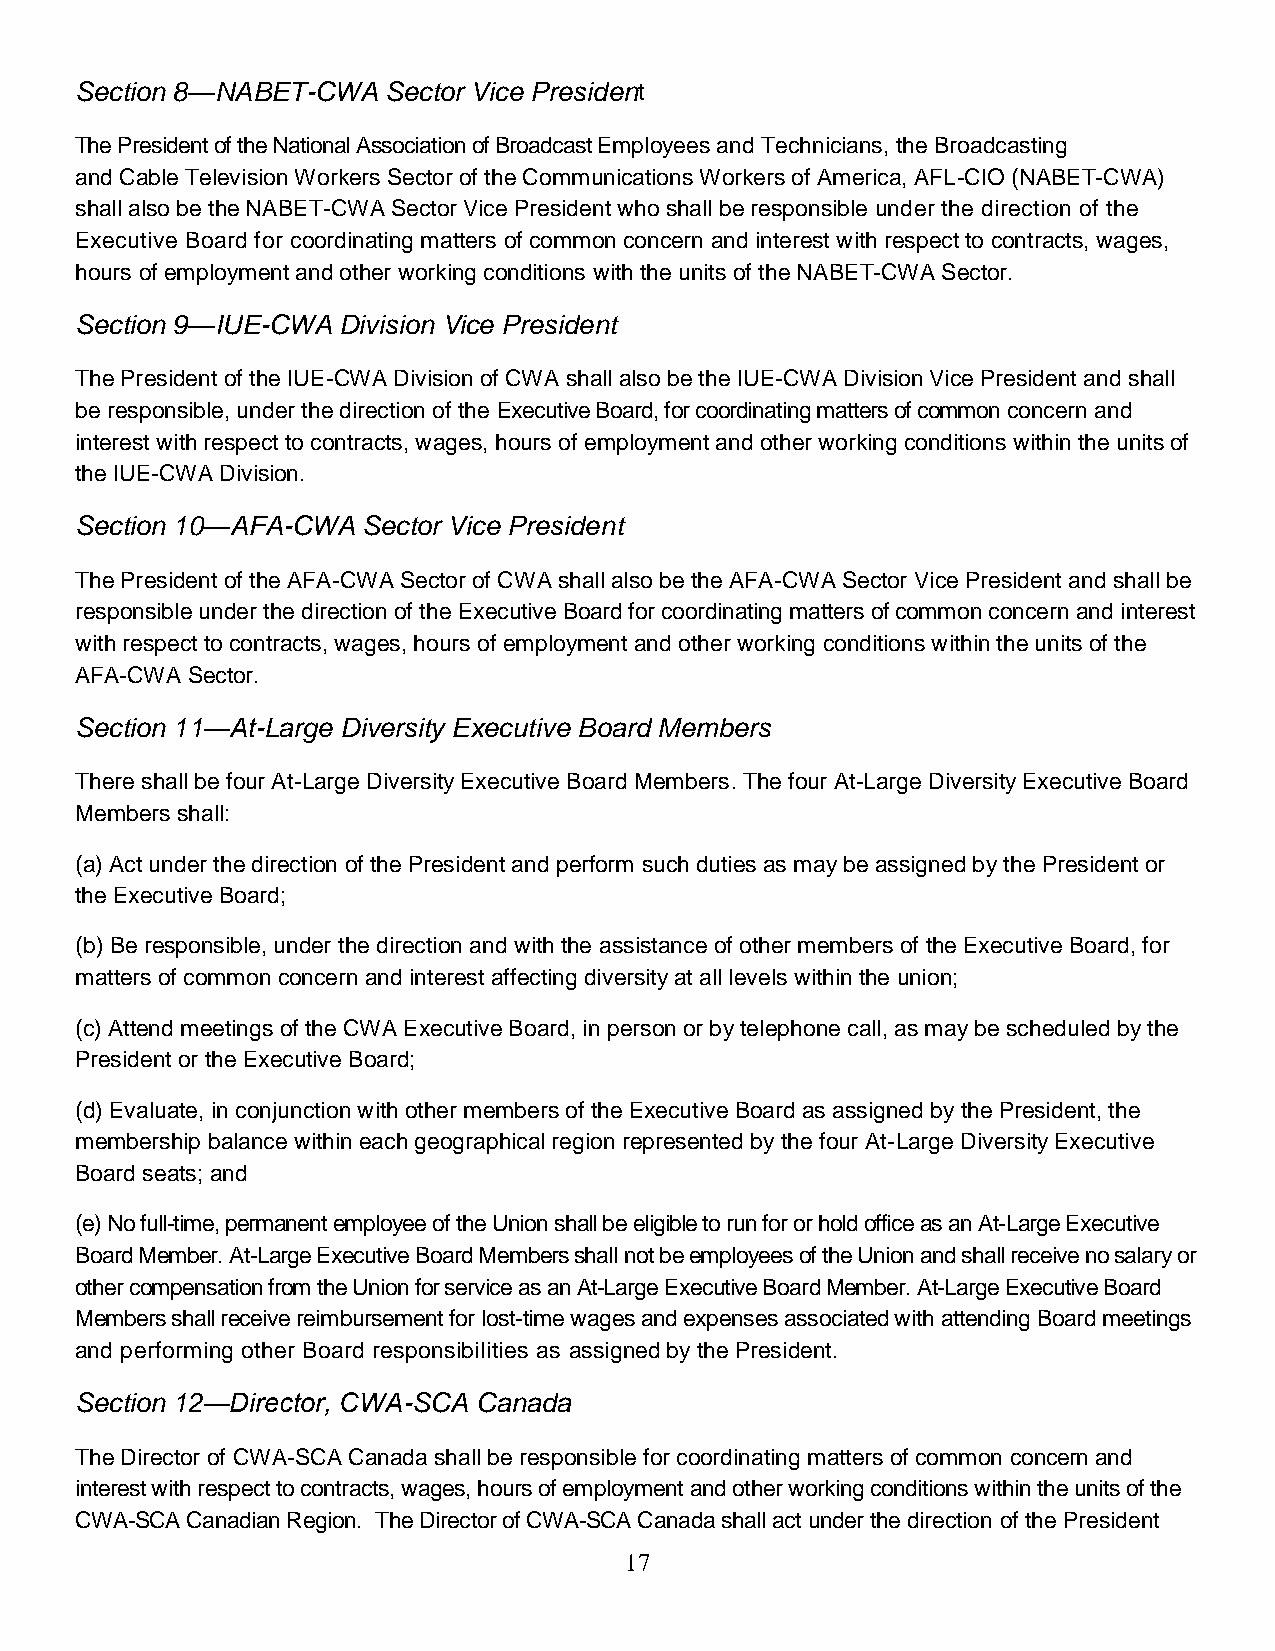
Section 8—NABET-CWA  Sector Vice President
 The President of the National Association of Broadcast Employees and Technicians, the Broadcasting
 and Cable Television Workers Sector of the Communications Workers of America, AFL-CIO (NABET-CWA)
 shall also be the NABET-CWA Sector Vice President who shall be responsible under the direction of the
 Executive Board for coordinating matters of common concern and interest with respect to contracts, wages,
 hours of employment and other working conditions with the units of the NABET-CWA Sector.
 Section 9—IUE-CWA Division Vice President
 The President of the IUE-CWA Division of CWA shall also be the IUE-CWA Division Vice President and shall
 be responsible, under the direction of the Executive Board, for coordinating matters of common concern and
 interest with respect to contracts, wages, hours of employment and other working conditions within the units of
 the IUE-CWA Division.
 Section 10—AFA-CWA Sector Vice President
 The President of the AFA-CWA Sector of CWA shall also be the AFA-CWA Sector Vice President and shall be
 responsible under the direction of the Executive Board for coordinating matters of common concern and interest
 with respect to contracts, wages, hours of employment and other working conditions within the units of the
 AFA-CWA Sector.
 Section 11―At-Large Diversity Executive Board Members
 There shall be four At-Large Diversity Executive Board Members. The four At-Large Diversity Executive Board
 Members shall:
 (a) Act under the direction of the President and perform such duties as may be assigned by the President or
 the Executive Board;
 (b) Be responsible, under the direction and with the assistance of other members of the Executive Board, for
 matters of common concern and interest affecting diversity at all levels within the union;
 (c) Attend meetings of the CWA Executive Board, in person or by telephone call, as may be scheduled by the
 President or the Executive Board;
 (d) Evaluate, in conjunction with other members of the Executive Board as assigned by the President, the
 membership balance within each geographical region represented by the four At-Large Diversity Executive
 Board seats; and
 (e) No full-time, permanent employee of the Union shall be eligible to run for or hold office as an At-Large Executive
 Board Member. At-Large Executive Board Members shall not be employees of the Union and shall receive no salary or
 other compensation from the Union for service as an At-Large Executive Board Member. At-Large Executive Board
 Members shall receive reimbursement for lost-time wages and expenses associated with attending Board meetings
 and performing other Board responsibilities as assigned by the President.
 Section 12―Director, CWA-SCA Canada
 The Director of CWA-SCA Canada shall be responsible for coordinating matters of common concern and
 interest with respect to contracts, wages, hours of employment and other working conditions within the units of the
 CWA-SCA Canadian Region. The Director of CWA-SCA Canada shall act under the direction of the President
 17